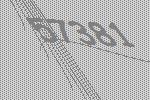
57381